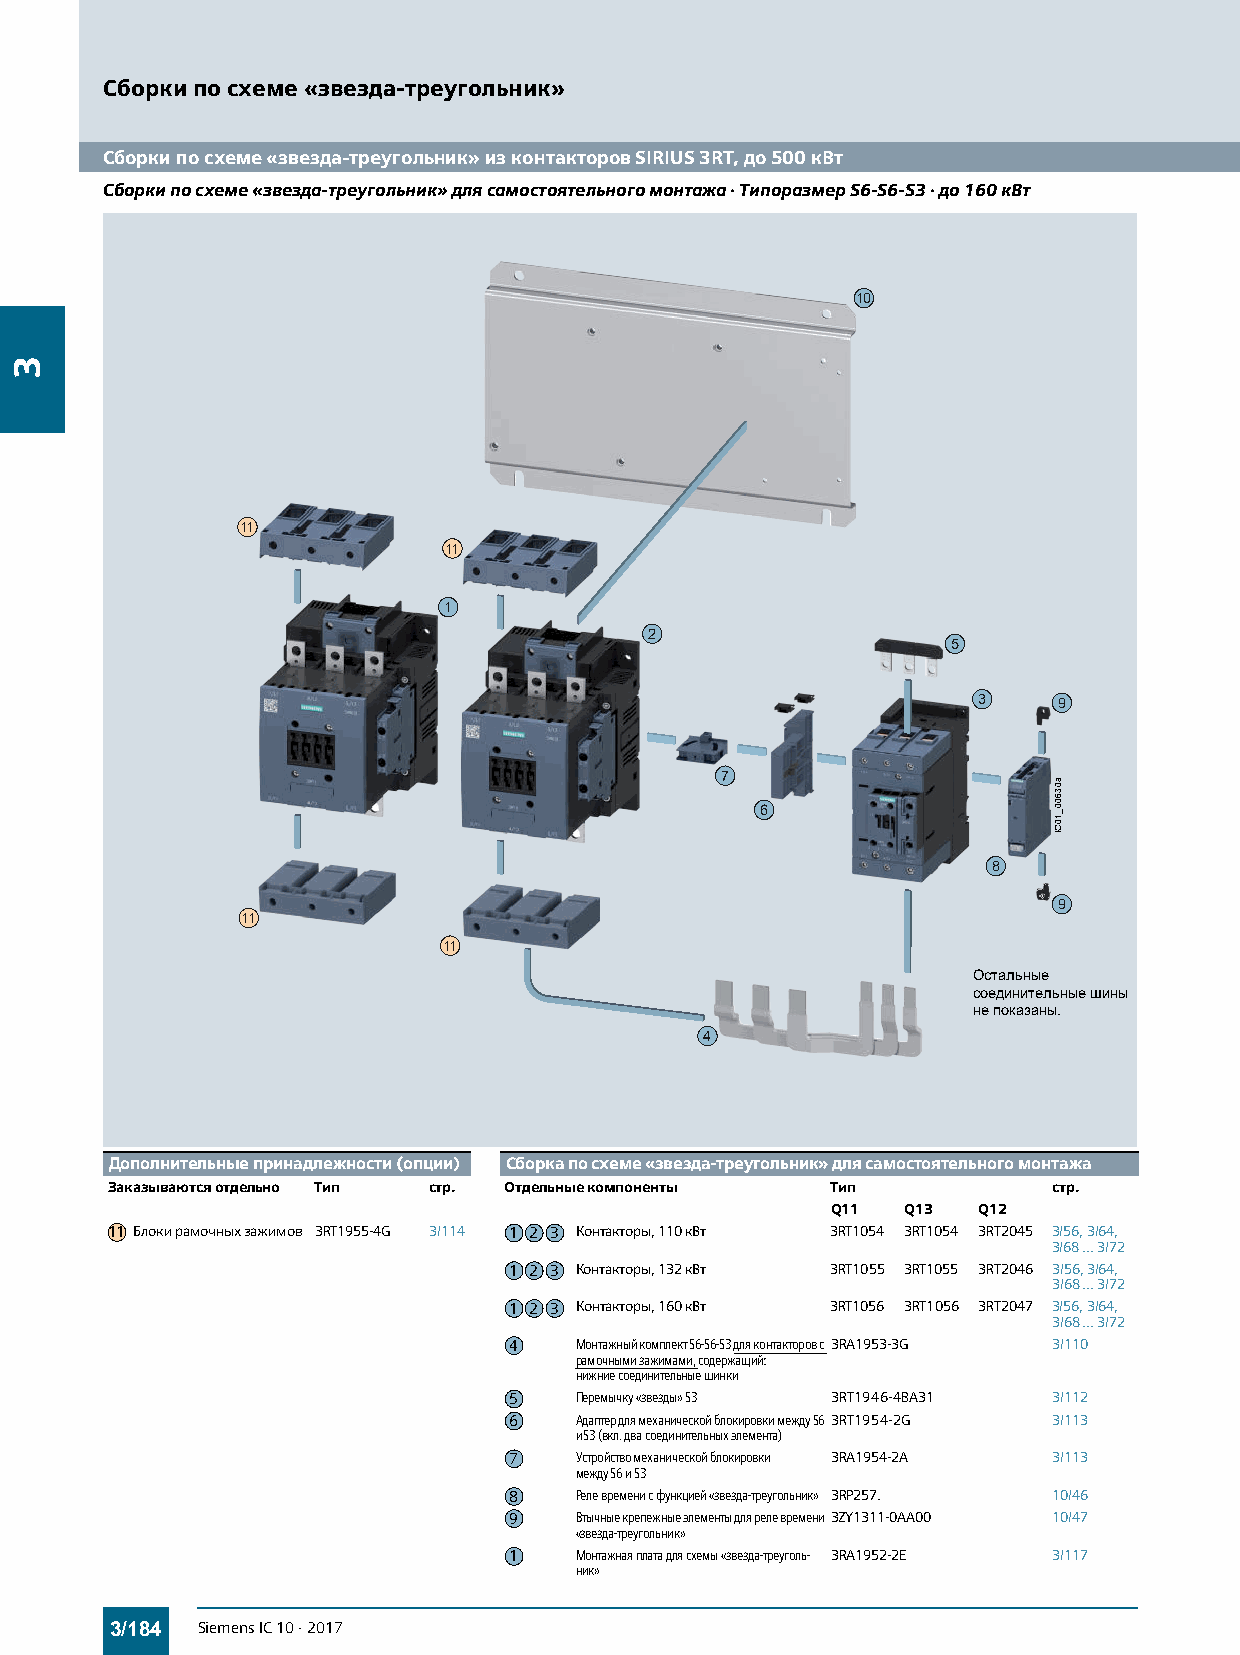
Сборки по схеме «звезда-треугольник»
 Сборки по схеме «звезда-треугольник» из контакторов SIRIUS 3RT, до 500 кВт
 Сборки по схеме «звезда-треугольник» для самостоятельного монтажа · Типоразмер S6-S6-S3 · до 160 кВт
 10
 11
 11
 1
 2
 5
 3    9
 7
 6
 C01_00630a
 I
 8
 9
 11
 11
 Остальные
 соединительныешины
 непоказаны.
 4
 Дополнительные принадлежности (опции) Сборка по схеме «звезда-треугольник» для самостоятельного монтажа
 Заказываются отдельно Тип стр. Отдельные компоненты Тип        стр.
 Q11  Q13  Q12
 11 Блоки рамочных зажимов 3RT1955-4G 3/114 1 2 3 Контакторы, 110кВт 3RT1054 3RT1054 3RT2045 3/56, 3/64,
 3/68...3/72
 1 2 3 Контакторы, 132кВт 3RT1055 3RT1055 3RT2046 3/56, 3/64,
 3/68...3/72
 1 2 3 Контакторы, 160кВт 3RT1056 3RT1056 3RT2047 3/56, 3/64,
 3/68...3/72
 4   Монтажный комплект S6-S6-S3 для контакторов с 3RA1953-3G 3/110
 рамочными зажимами, содержащий:
 нижние соединительные шинки
 5   Перемычку «звезды» S3 3RT1946-4BA31 3/112
 6   Адаптер для механической блокировки между S6 3RT1954-2G 3/113
 и S3 (вкл. два соединительных элемента)
 7   Устройство механической блокировки 3RA1954-2A 3/113
 между S6 и S3
 8   Реле времени с функцией «звезда-треугольник» 3RP257. 10/46
 9   Втычные крепежные элементы для реле времени 3ZY1311-0AA00 10/47
 «звезда-треугольник»
 1   Монтажная плата для схемы «звезда-треуголь- 3RA1952-2E 3/117
 ник»
 3/184 Siemens IC 10 · 2017
 3